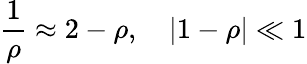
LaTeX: \frac 1\rho\approx 2-\rho,\quad\lvert 1-\rho\rvert\ll 1